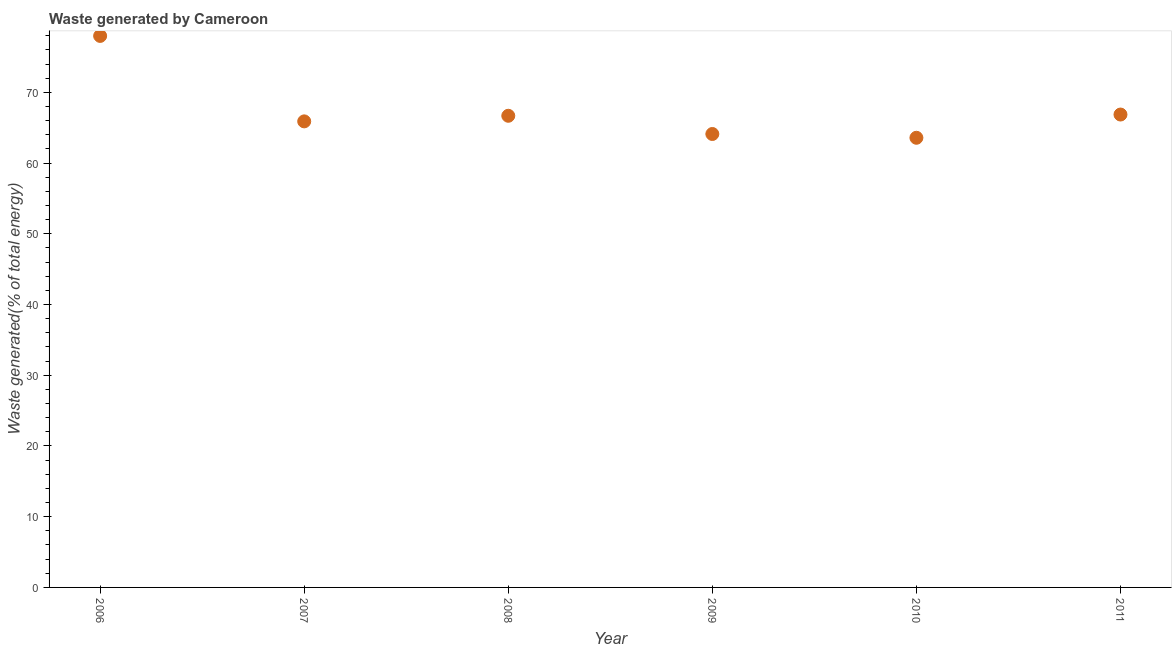
| Year | Combustible renewables and waste (% of total energy) |
 | --- | --- |
 | 2006 | 78 |
 | 2007 | 65.9 |
 | 2008 | 66.7 |
 | 2009 | 64.1 |
 | 2010 | 63.6 |
 | 2011 | 66.9 |